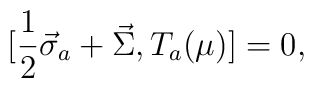
[\frac{1}{2} \vec{\sigma}_a + \vec{\Sigma}, T_a (\mu)] = 0,